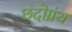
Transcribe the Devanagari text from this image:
छंदोग्रंथ